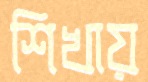
শিখায়